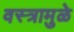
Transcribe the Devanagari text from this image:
वस्त्रामुळे